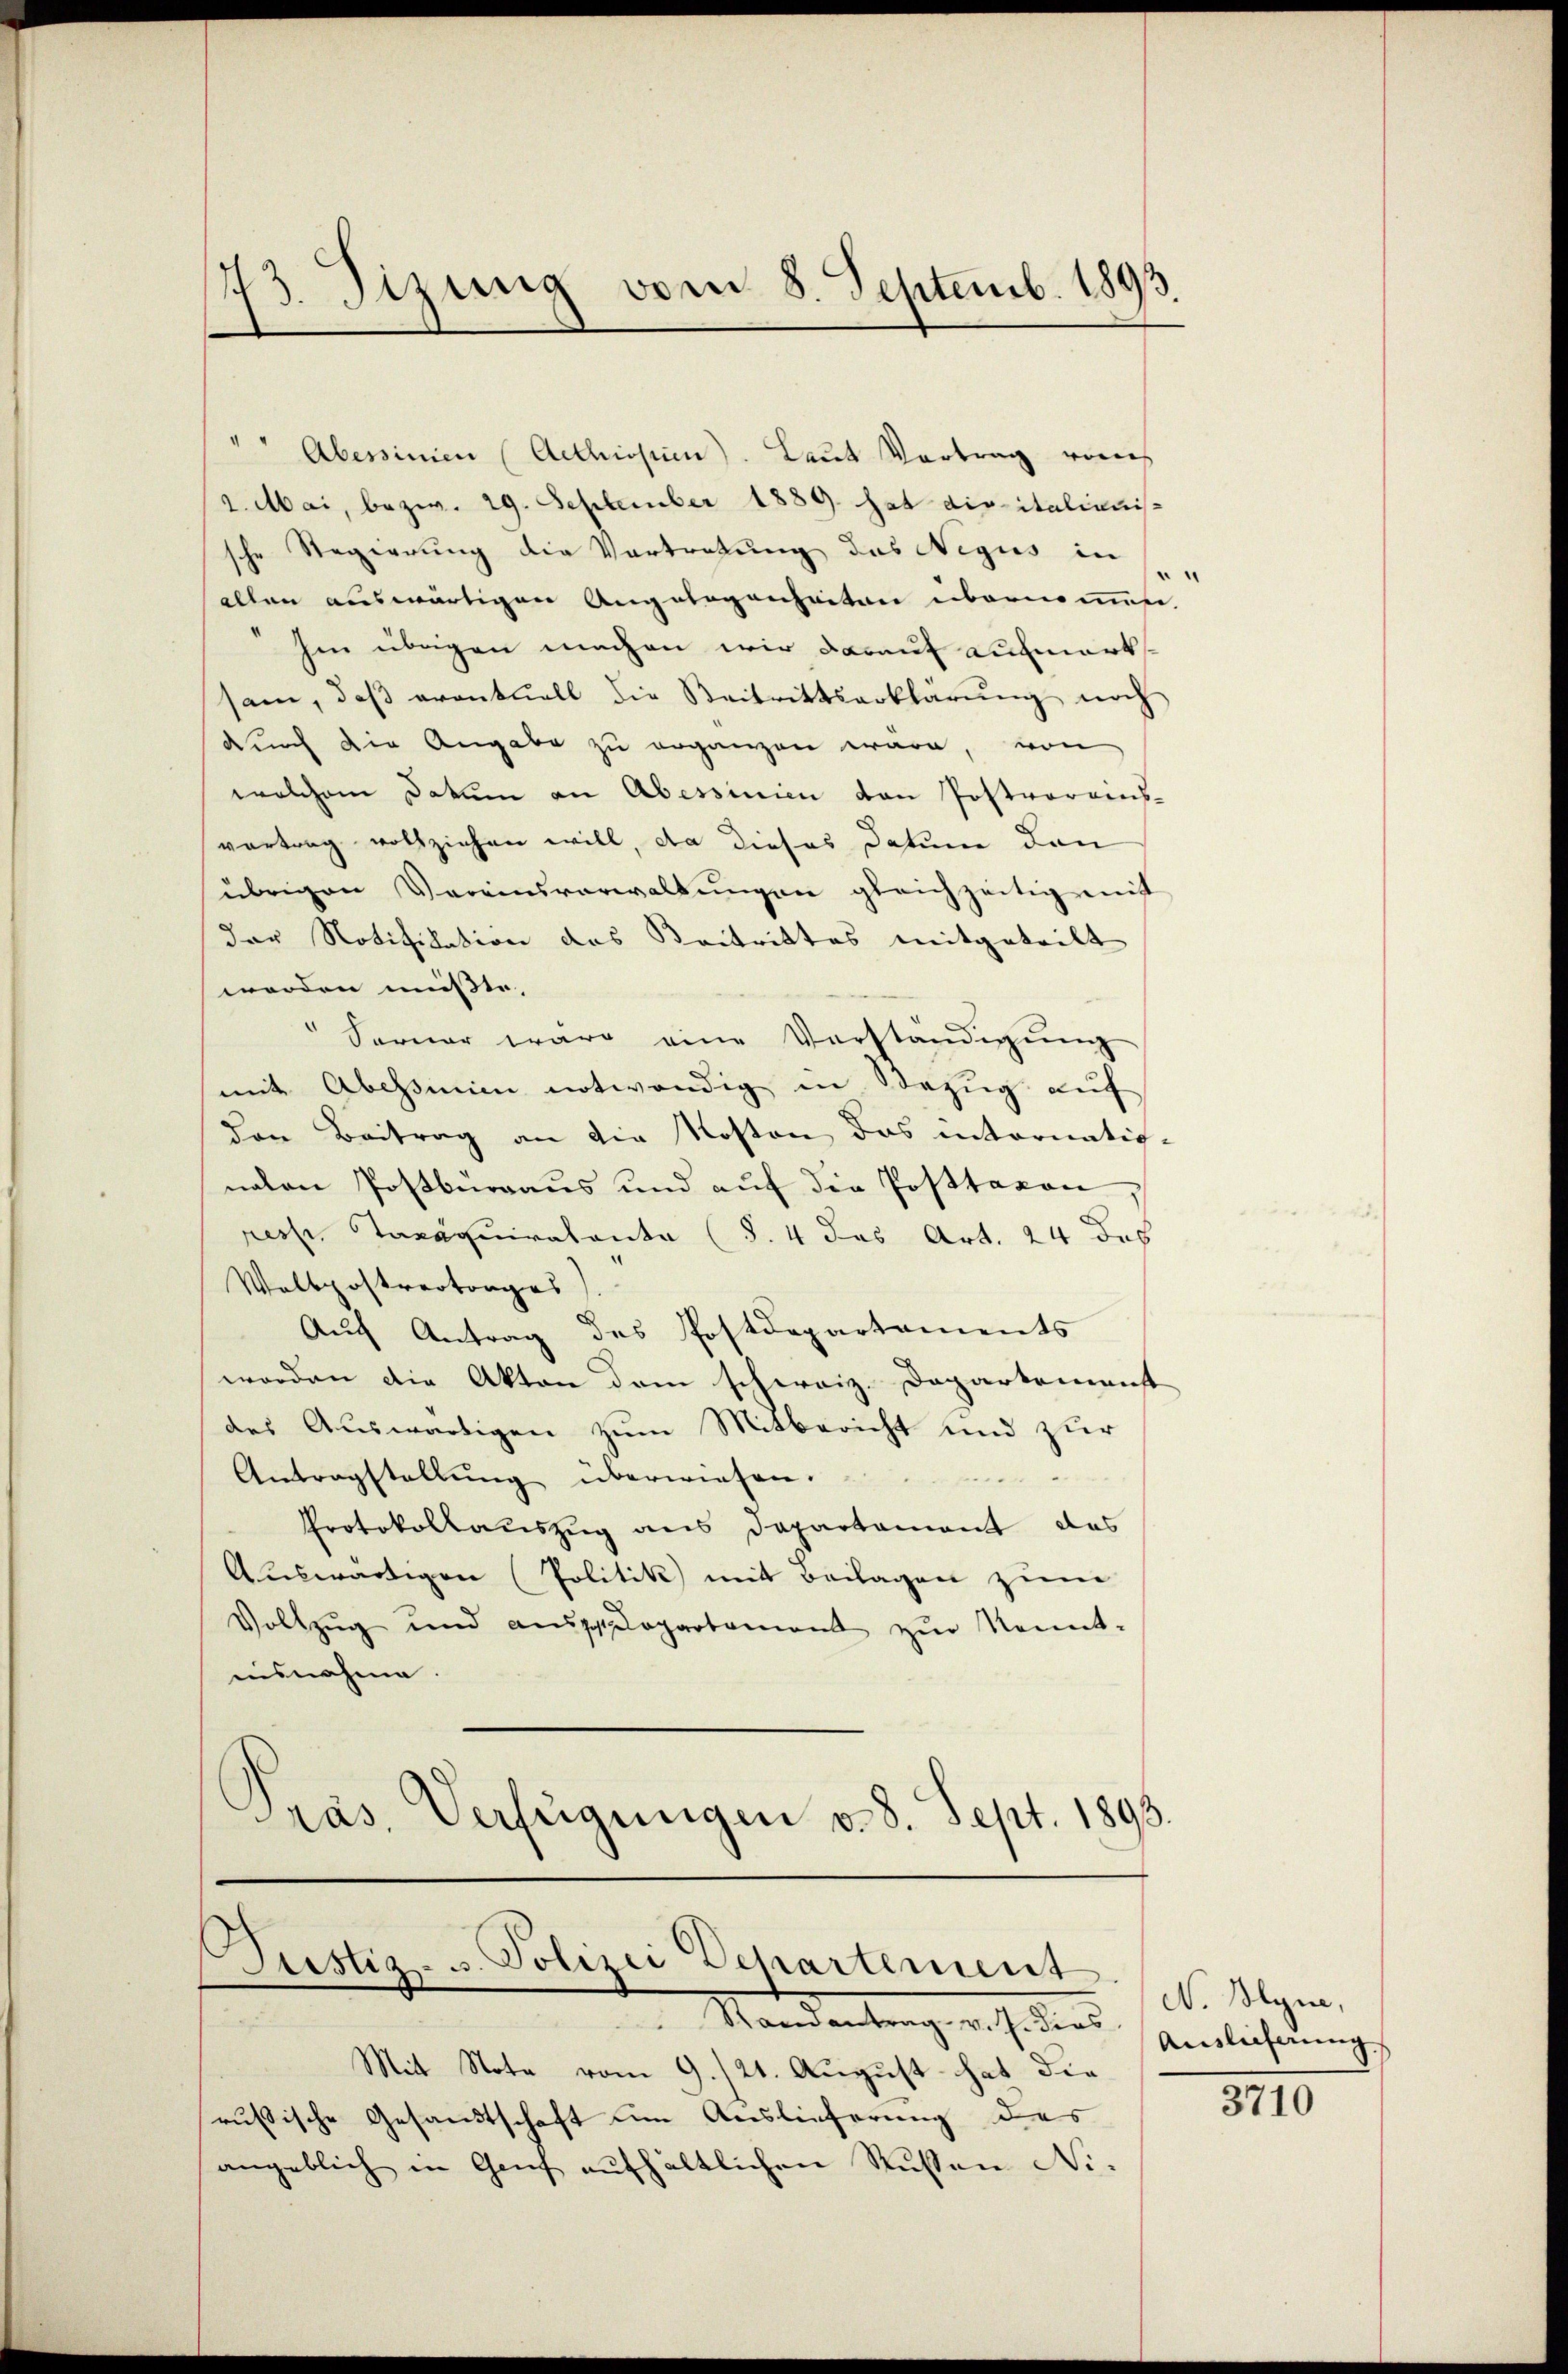
43. Sizung vom 8. Septemb. 1893.

"" Abessinien (Aethissen. Laut Vortrag eines
2. Mai, bezw. 29. September 1889 hat die italienis
sche Regierung die Vertretung des Negus in
allen auswärtigen Angelegenheiten übernommen.
hm übrigen machen wir darauf aufmerksam, daβ eventuell die Beitrittserklärŭng noch
durch die Angabe zu erganzen wäre, von
welchem Datum an Abessinien den Postvereins-
vortrag vollziehen will, da dieses Datum den
übrigen Vereinsverwaltungen gleichzeitig mit
der Notifikation das Beitrittes mitgeteilt
worden müsste,
Ferner wäre eine Vorständigung
mit Abessinie notwendig in Bezug auf
von Beitrag an die Kosten das internatignalen Postburgaus und auf die Posttaxon
resp. Taxaquiratente (§. 4 das Art. 24 des
Waltpostrertrages).
Auch Antrag des Postdepartements
worden die Akten dem schweiz. Departemenst
des Auswärtigen zum Mitbericht und zur
Antragstellŭng überwiesen.

Protokollauszug aus Departement das
Auswärtigen (Politik mit Beilagen zum
Vollzug und ausgelopartament zŭr Kennt-
uisnahme.
Präs. Verfügungen v. 8. Sept. 1893.

Justiz- u. Polizei Departement.
Randantrag v. J. dies Auslieferung

Mit Note vom 9./21. August hat die
russische Gesandtschaft um Auslieferung des
angeblich in Genf aufhältlichen Russen Ni¬

N. Sym,

3710